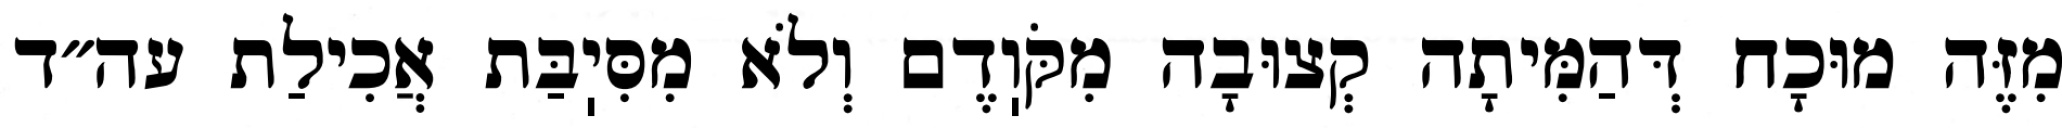
מִזֶּה מוּכָח דְּהַמִּיתָה קְצוּבָה מִקֹּוֽדֶם וְלֹא מִסִּיֽבַּת אֲכִילַת עה״ד